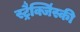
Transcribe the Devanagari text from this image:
स्ट्रैक्जिंस्की